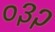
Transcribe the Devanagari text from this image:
०३२